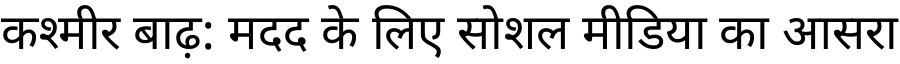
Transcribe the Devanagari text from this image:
कश्मीर बाढ़: मदद के लिए सोशल मीडिया का आसरा